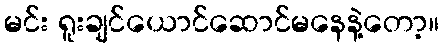
မင်း ရူးချင်ယောင်ဆောင်မနေနဲ့တော့။